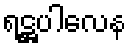
ရဋ္ဌပါလေန